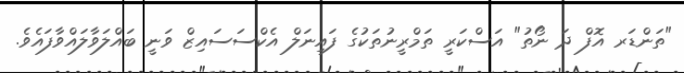
"ތަންޑަރ އޮފް ދަ ނޯތު" އަސްކަރީ ތަމްރީނުތަކުގެ ފައިނަލް އެކްސަސައިޒް ވަނީ ބައްލަވާލައްވާފައެވެ.